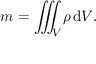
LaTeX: { m } = { \iiint _ { V } \! \rho \, \mathrm { d } V } .